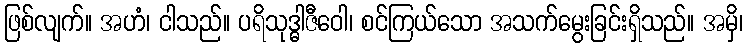
ဖြစ်လျက်။ အဟံ၊ ငါသည်။ ပရိသုဒ္ဓါဇီဝေါ၊ စင်ကြယ်သော အသက်မွေးခြင်းရှိသည်။ အမှိ၊